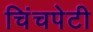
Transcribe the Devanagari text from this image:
चिंचपेटी